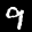
Label: 9